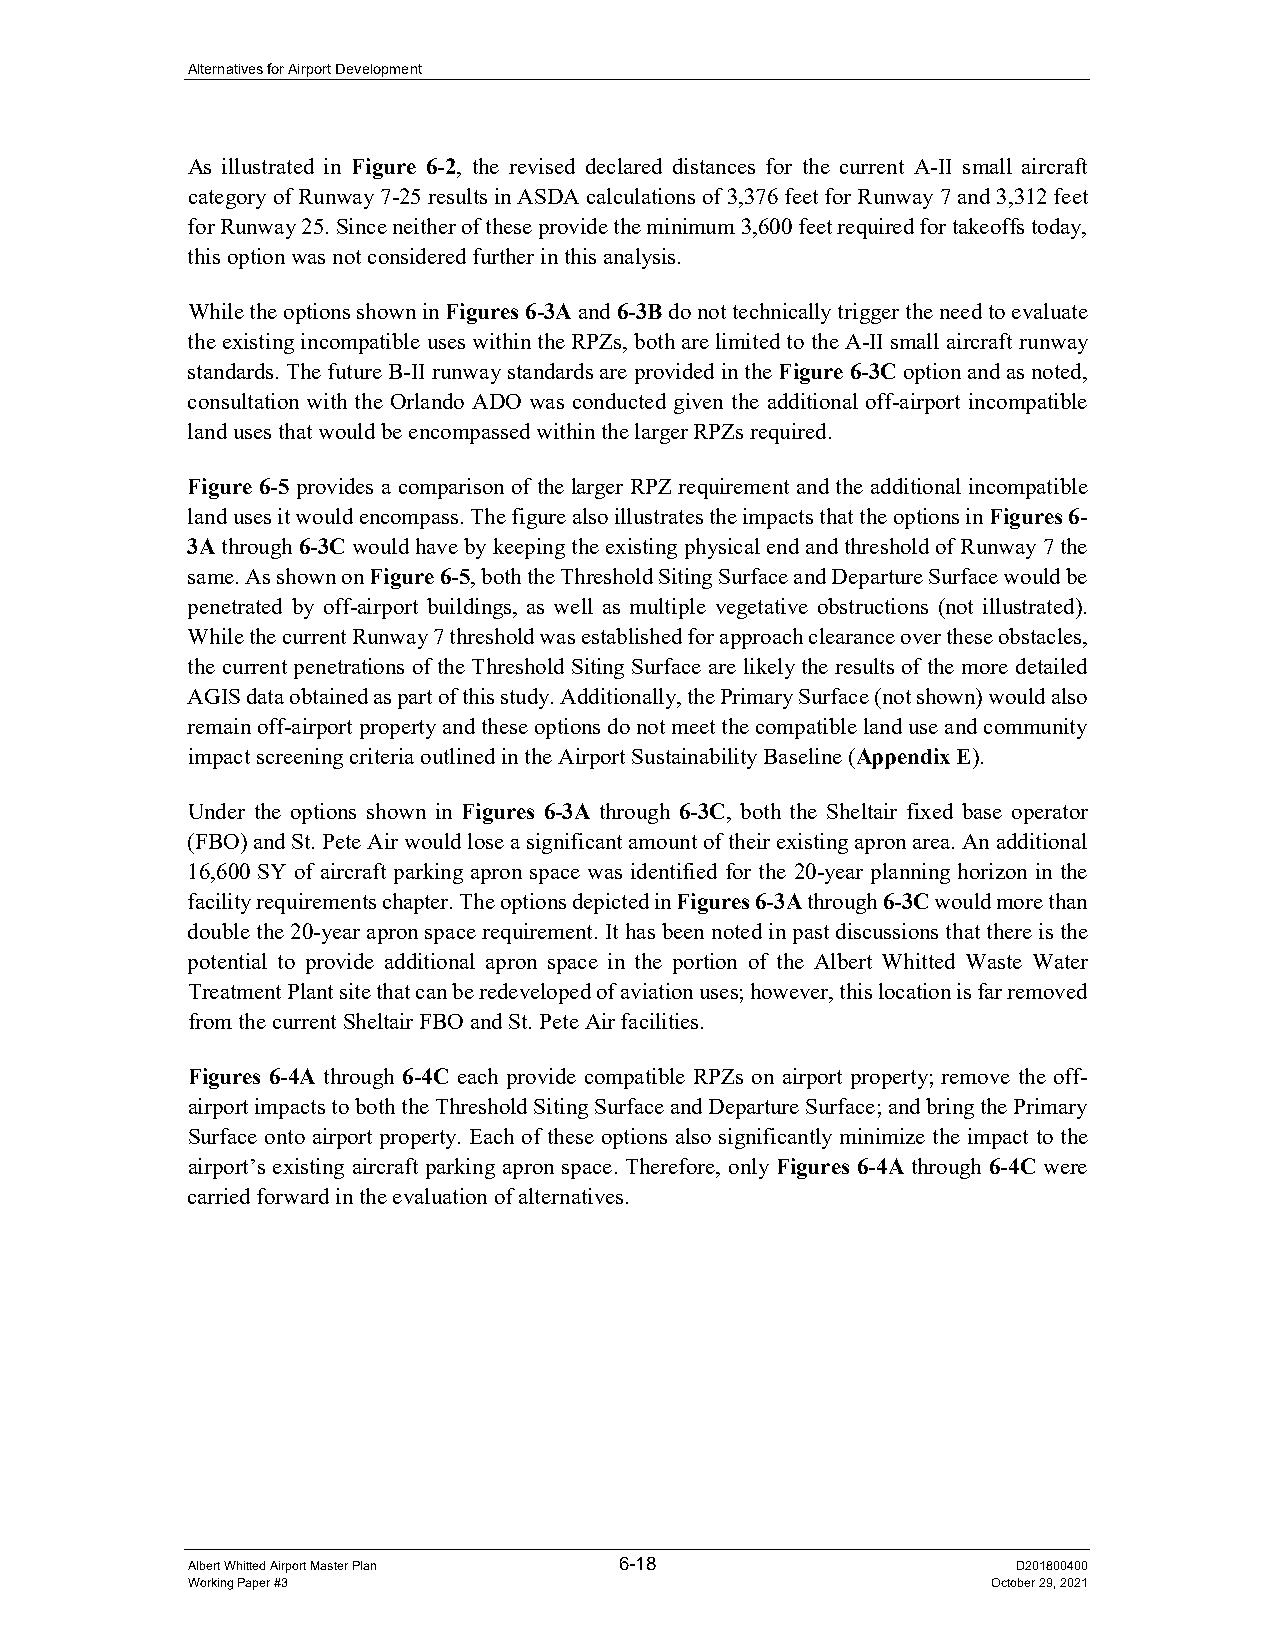
Alternatives for Airport Development
 As illustrated in Figure 6-2, the revised declared distances for the current A-II small aircraft
 category of Runway 7-25 results in ASDA calculations of 3,376 feet for Runway 7 and 3,312 feet
 for Runway 25. Since neither of these provide the minimum 3,600 feet required for takeoffs today,
 this option was not considered further in this analysis.
 While the options shown in Figures 6-3A and 6-3B do not technically trigger the need to evaluate
 the existing incompatible uses within the RPZs, both are limited to the A-II small aircraft runway
 standards. The future B-II runway standards are provided in the Figure 6-3C option and as noted,
 consultation with the Orlando ADO was conducted given the additional off-airport incompatible
 land uses that would be encompassed within the larger RPZs required.
 Figure 6-5 provides a comparison of the larger RPZ requirement and the additional incompatible
 land uses it would encompass. The figure also illustrates the impacts that the options in Figures 6-
 3A through 6-3C would have by keeping the existing physical end and threshold of Runway 7 the
 same. As shown on Figure 6-5, both the Threshold Siting Surface and Departure Surface would be
 penetrated by off-airport buildings, as well as multiple vegetative obstructions (not illustrated).
 While the current Runway 7 threshold was established for approach clearance over these obstacles,
 the current penetrations of the Threshold Siting Surface are likely the results of the more detailed
 AGIS data obtained as part of this study. Additionally, the Primary Surface (not shown) would also
 remain off-airport property and these options do not meet the compatible land use and community
 impact screening criteria outlined in the Airport Sustainability Baseline (Appendix E).
 Under the options shown in Figures 6-3A through 6-3C, both the Sheltair fixed base operator
 (FBO) and St. Pete Air would lose a significant amount of their existing apron area. An additional
 16,600 SY of aircraft parking apron space was identified for the 20-year planning horizon in the
 facility requirements chapter. The options depicted in Figures 6-3A through 6-3C would more than
 double the 20-year apron space requirement. It has been noted in past discussions that there is the
 potential to provide additional apron space in the portion of the Albert Whitted Waste Water
 Treatment Plant site that can be redeveloped of aviation uses; however, this location is far removed
 from the current Sheltair FBO and St. Pete Air facilities.
 Figures 6-4A through 6-4C each provide compatible RPZs on airport property; remove the off-
 airport impacts to both the Threshold Siting Surface and Departure Surface; and bring the Primary
 Surface onto airport property. Each of these options also significantly minimize the impact to the
 airport’s existing aircraft parking apron space. Therefore, only Figures 6-4A through 6-4C were
 carried forward in the evaluation of alternatives.
 Albert Whitted Airport Master Plan 6-18                D201800400
 Working Paper #3                                      October 29, 2021